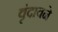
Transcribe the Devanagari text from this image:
वृंदावने